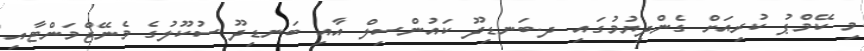
މި ކޭމްޕު ކުރިއަށް ގެންދިޔުމުގައި ދ.ބަނޑިދޫ ކައުންސިލް އާއި ބަނޑިދޫ ސުކޫލުގެ މެނޭޖްމަންޓާއި